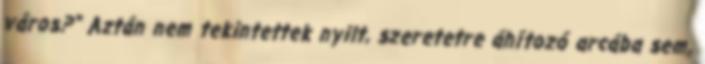
város?" Aztán nem tekintettek nyilt, szeretetre áhítozó arcába sem,